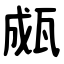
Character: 㼩